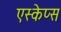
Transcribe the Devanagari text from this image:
एस्केप्स